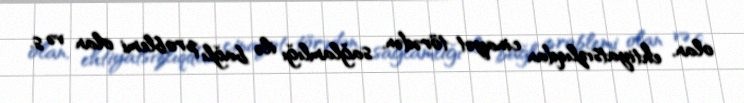
olan, ehtiyatsızlıqdan cinayət törədən, sağlamlığı ilə bağlı problemi olan və s.